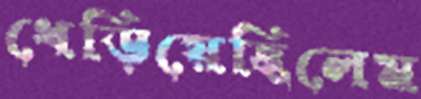
ধেড়িয়েছিলেম